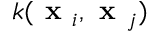
k ( \textbf { x } _ { i } , \textbf { x } _ { j } )